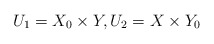
\begin{align*} U_1 = X_0\times Y, U_2= X\times Y_0\end{align*}